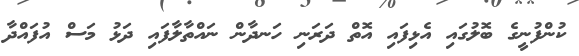
ކުންފުނީގެ ބޮލުގައި އެޅިފައި އޮތް ދަރަނި ހަނދާން ނައްތާލާފައި ދަޅު މަސް އުފައްދާ